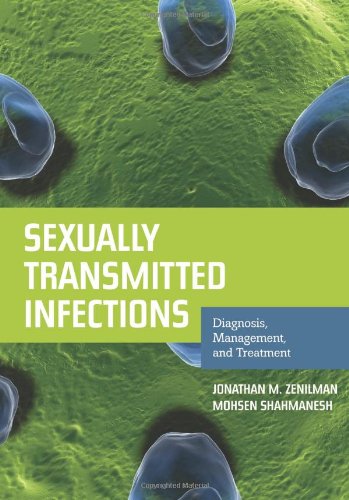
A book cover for Sexually Transmitted Infections: Diagnosis, Management, And Treatment; Jonathan M. Zenilman; Health, Fitness & Dieting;